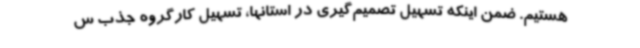
هستیم. ضمن اینکه تسهیل تصمیم‌گیری در استانها، تسهیل کارگروه جذب س